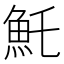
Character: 魠